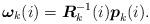
LaTeX: \begin{align*}{\boldsymbol \omega_k}(i) & = {\boldsymbol R}_k^{-1}(i) {\boldsymbol p}_k(i).\end{align*}